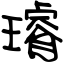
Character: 璿